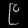
Digit: ၉